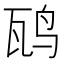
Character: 𬸁